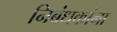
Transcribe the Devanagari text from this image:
निबंधकांना